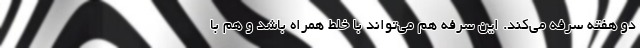
دو هفته سرفه می‌کند. این سرفه هم می‌تواند با خلط همراه باشد و هم با